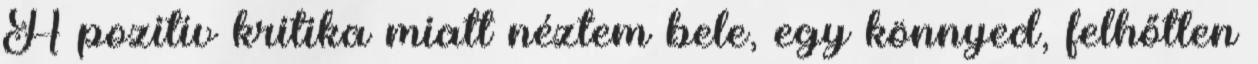
A pozitív kritika miatt néztem bele, egy könnyed, felhőtlen